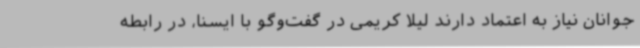
جوانان نیاز به اعتماد دارند لیلا کریمی در گفت‌وگو با ایسنا، در رابطه